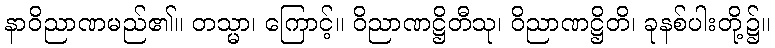
နာဝိညာဏမည်၏။ တသ္မာ၊ ကြောင့်။ ဝိညာဏဋ္ဌိတီသု၊ ဝိညာဏဋ္ဌိတိ၊ ခုနစ်ပါးတို့၌။